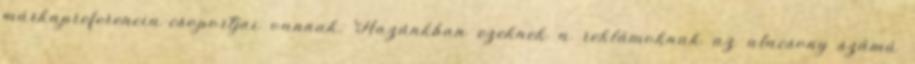
márkapreferencia-csoportjai vannak. Hazánkban ezeknek a reklámoknak az alacsony számú